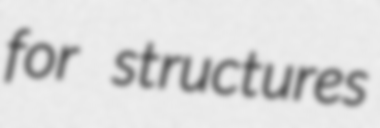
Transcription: for structures